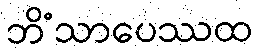
ဘိံသာပေဿထ